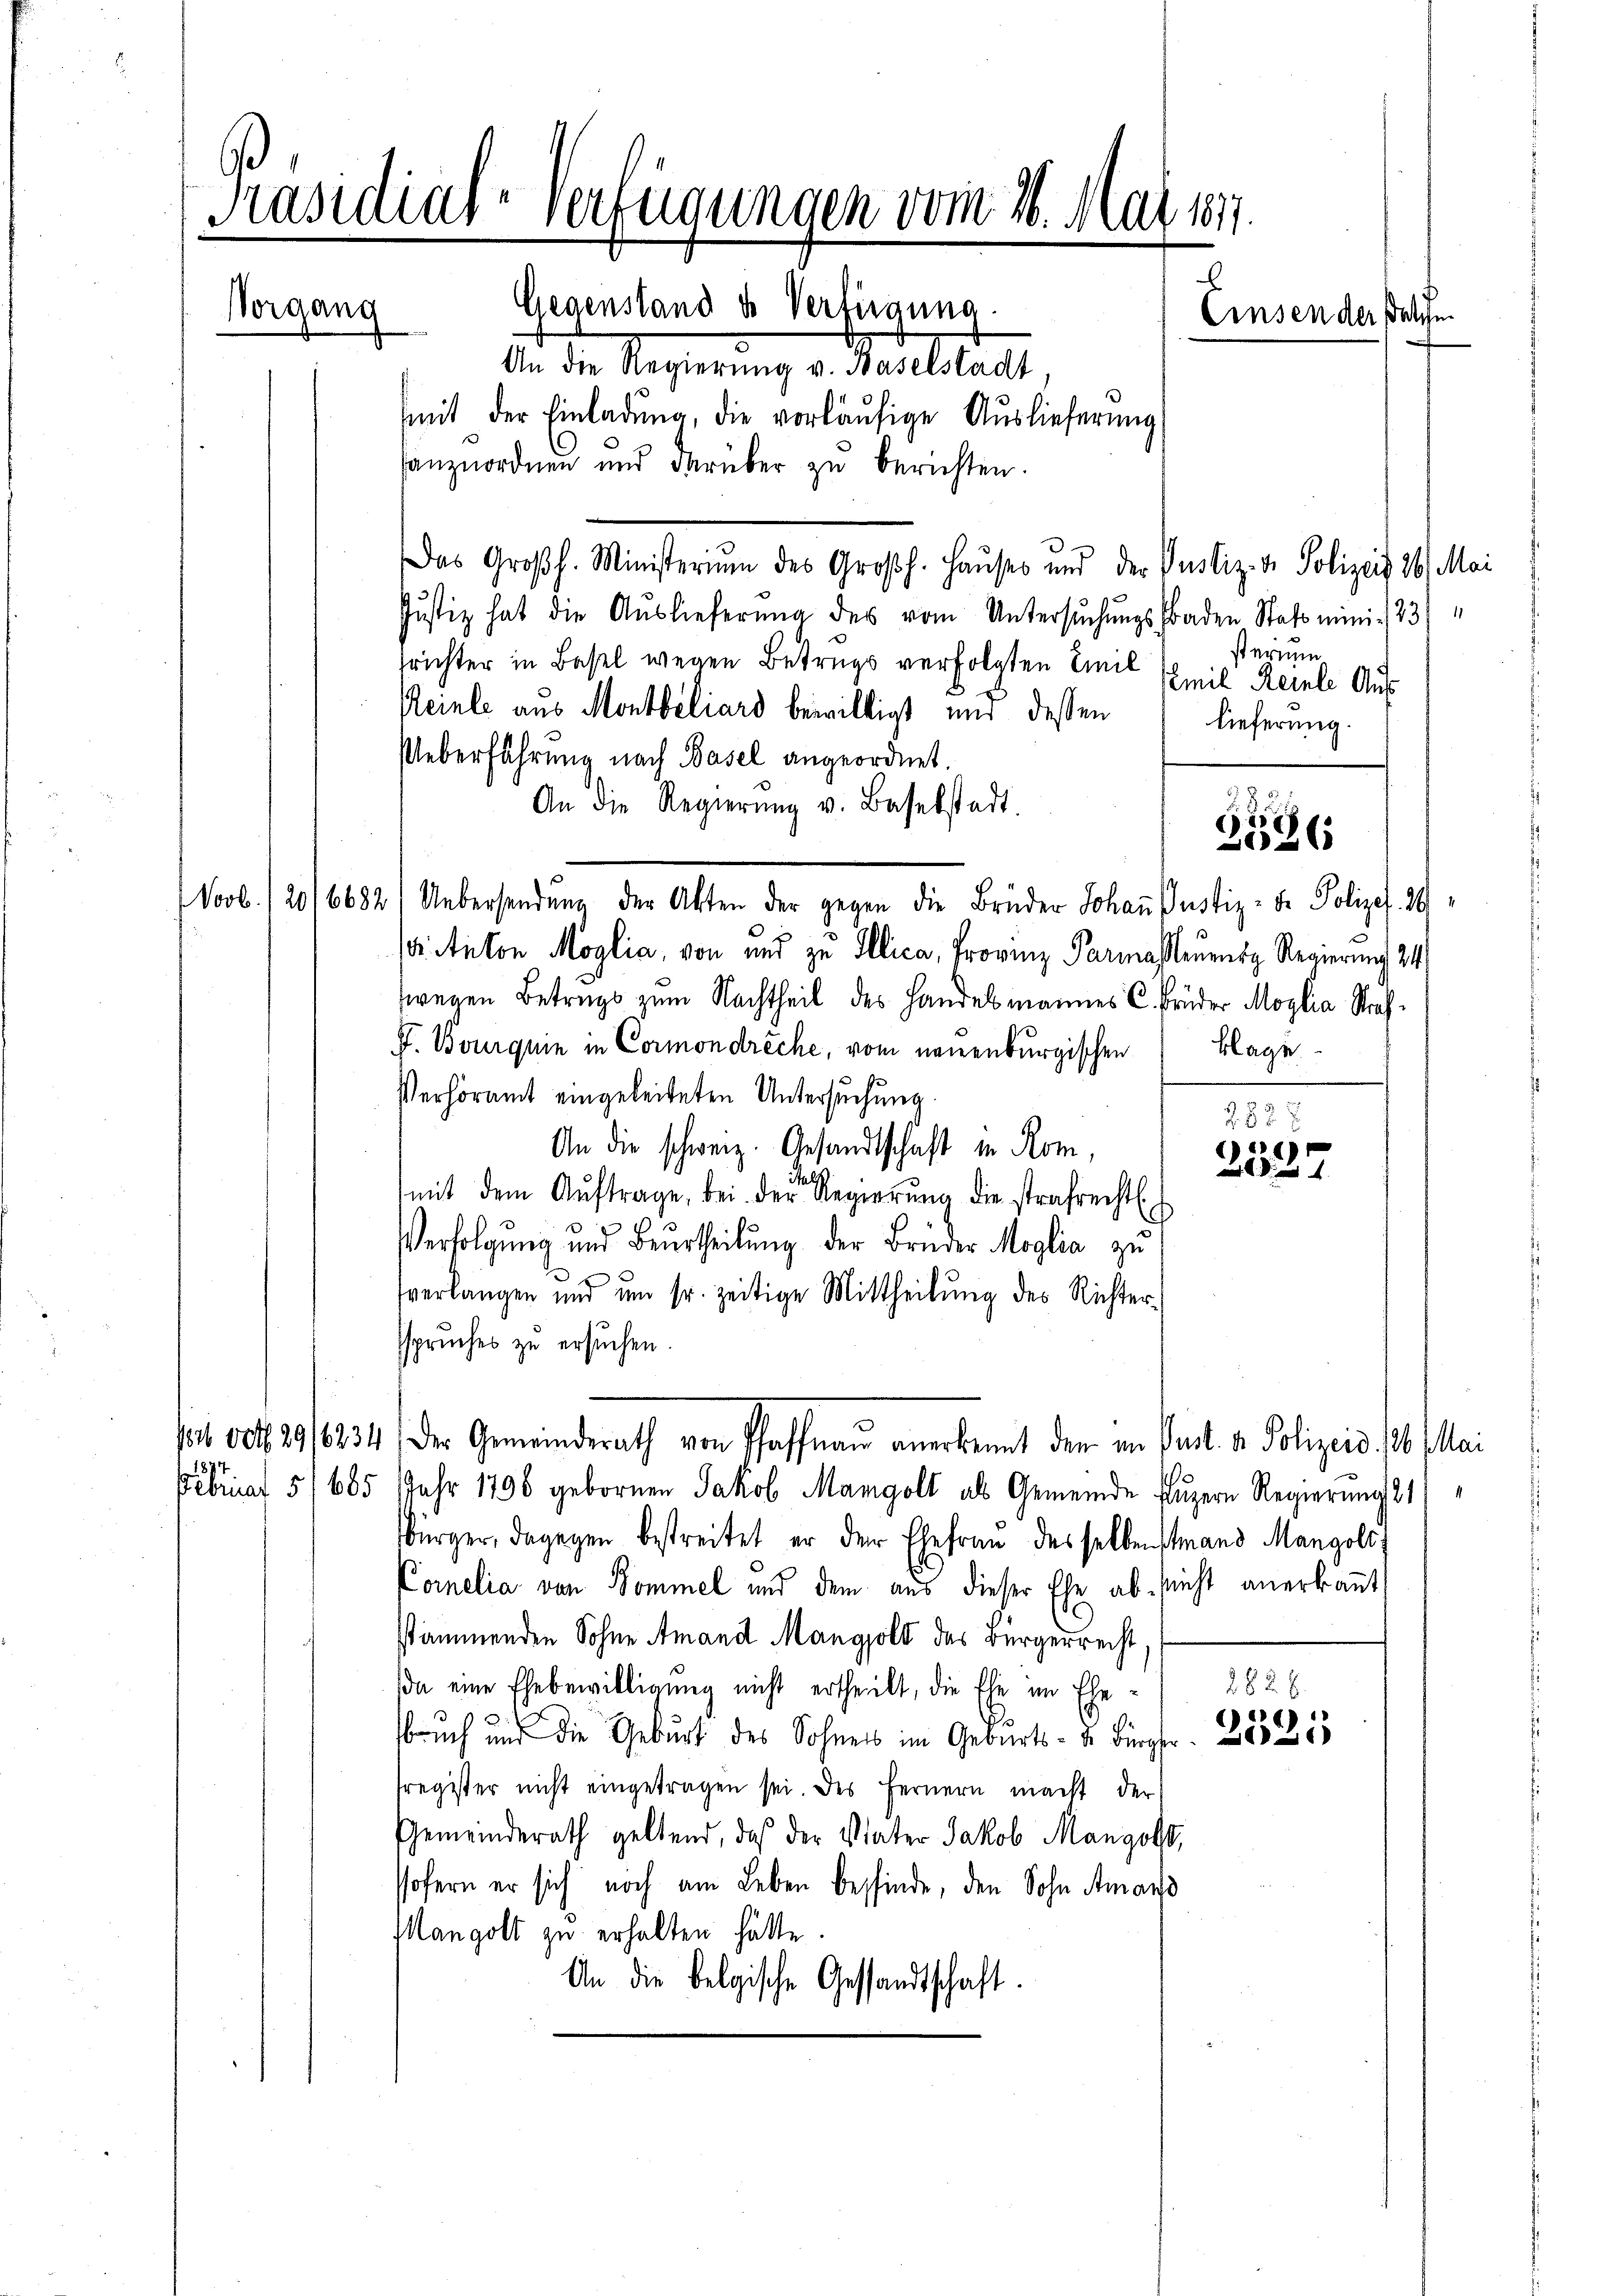
Präsidial-Verfügungen vom 26. Mai 184.
e
Gegenstand u. Verfügung
Vorgang
Einsen der solche
An die Regierung v. Baselstadt
mit der Einladŭng, die vorläŭfige Auslieferung
anzuordnen und darüber zu berichten.

Das Großh. Ministerium des Großh. Hauses und der Pustiz- & Polizeit 16/
Justiz hat die Aŭslieferŭng des vom Untersŭchŭngsfraden Stato mini 183
trichter in Basel wegen Betrugs verfolgten Emil Emil Reinle Aus
Reinle aus Montbeliard bewilligt und dessen
lieferung.
Ueberführung nach Basel angeordnet.
An die Regierŭng v. Baselstadt.
s Anton Möglia, von und zu Illica, Provinz Parmassaurtz Regierung 24
zwegen Betrags zum Nachtheil des Handelmannes C. Früder Moglia Straf¬
F. Bourquin in Cormondreche, vom neuenburgischen Klage
Verhöramt eingeleiteten Untersuchung
An die schweiz. Gesandtschaft in Rom,
mit dem Aŭftrage, bei der Regierŭng die strafrechtl.
Verfolgung und Beurtheilung der Brüder Moglia zu
verlangen und um sr. zeitige Mittheilŭng des Richtersspruches zu ersuchen.
pei dot 29/6834) Der Gemeinderath von Pfaffnau anerkennt den in Pact. v. Polizeid. 126. Mai
1874.
Februar 5/685 Jahr 1798 gebornen Jakob Mangolt als Gemeinde Fluzern Regierung 21)
bürger, dagegen bestreitet er der Ehefrau des selben stand Mangold,
Cornelia von Sommel und dem aus dieser Ehe ab, nicht anerkannt,
stämmenden Sohne Amand Mangold das Bürgerrecht,
282. 6
da eine Ehebewilligung nicht ertheilt, die Ehe im Ehebruch und die Geburt des Sohness im Geburts- u. Bürger. 283
fregister nicht eingetragen sei. Des fernern macht der
Gemeinderath geltend, daß der Vater Jakob Mangol,
sofern er sich noch am Leben befinde, den Sohn Amand
Mangolt zu erhalten hätte.
An die belgische Gesandtschaft.

Novb. 2016682) Uebersendŭng der Akten der gegen die Brüder Johann Justiz- u. Polizef. 20

sterium

§. 2
J
3526

258 x
)
27

Mai
1